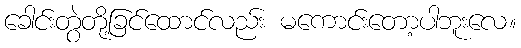
ခေါင်းတွဲတို့ခြင်ထောင်လည်း မကောင်းတော့ပါဘူးလေ။